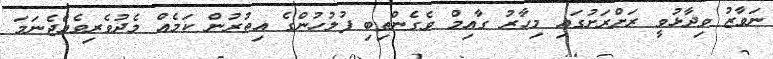
ނަވާޒު ވިދާޅުވީ ރަށްރަށުގައި މިހާރު ގާއިމް ވެގެންތިބި ފުލުހުންގެ އިތުރުން ކަމެއް މެދުވެރިވެއްޖެނަމަ